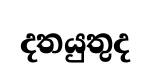
දතයුතුද